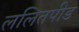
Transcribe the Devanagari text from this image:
ललितपीड